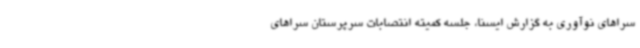
سراهای نوآوری به گزارش ایسنا، جلسه کمیته انتصابات سرپرستان سراهای